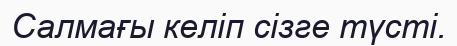
Салмағы келіп сізге түсті.